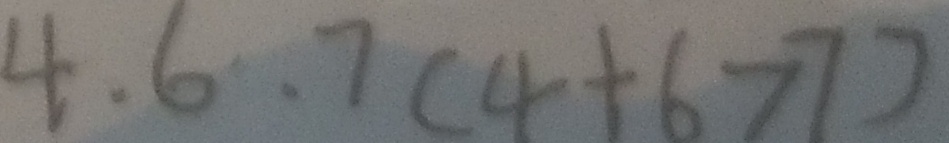
4 . 6 . 7 ( 4 + 6 > 7 )